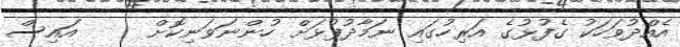
އެއްދުވަހަކު ގެފުޅުގެ އަރިހުގައި ނަމާދުފުޅަށް ހުންނަވަނިކޮށް     އައިސް